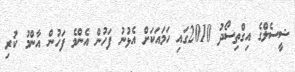
ޝީސެލްގެ އިގްތިސޯދު 2010ގައި ހަމައަކަށް އެޅުނު ފަހުން އެންމެ ފަހުން އާންމު ކުރި